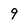
Character: 9